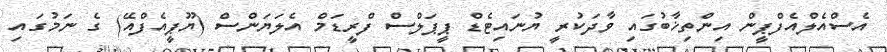
އެސްއެލްއެފްޕީން އިންތިޚާބުގައި ވާދަކުރީ ޔުނައިޓެޑް ޕީޕަލްސް ފްރީޑަމް އެލަޔަންސް (ޔޫޕީއެފްއޭ) ގެ ނަމުގައި